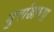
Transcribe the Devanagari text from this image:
युगांडाच्या